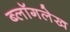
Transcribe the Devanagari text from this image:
ब्लॉगलेख